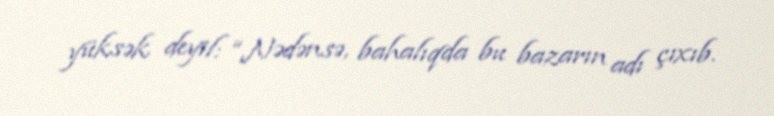
yüksək deyil: “Nədənsə, bahalıqda bu bazarın adı çıxıb.